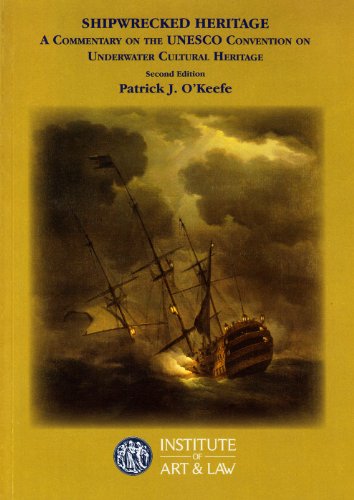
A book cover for Shipwrecked Heritage: A Commentary on the UNESCO Convention on Underwater Cultural Heritage; Patrick J O'Keefe; Law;